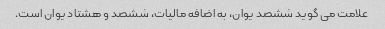
علامت می گوید ششصد یوان، به اضافه مالیات، ششصد و هشتاد یوان است.